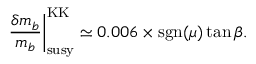
\left. \frac { \delta m _ { b } } { m _ { b } } \right| _ { \mathrm { s u s y } } ^ { \mathrm { K K } } \simeq 0 . 0 0 6 \times \mathrm { s g n } ( \mu ) \tan \beta .